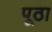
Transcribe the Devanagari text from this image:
पूठा